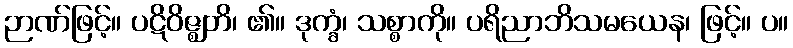
ဉာဏ်ဖြင့်။ ပဋိဝိဇ္ဈတိ၊ ၏။ ဒုက္ခံ၊ သစ္စာကို။ ပရိညာဘိသမယေန၊ ဖြင့်။ ပ။